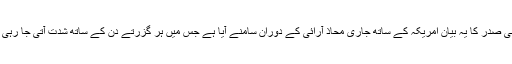
ایرانی صدر کا یہ بیان امریکہ کے ساتھ جاری محاذ آرائی کے دوران سامنے آیا ہے جس میں ہر گزرتے دن کے ساتھ شدت آتی جا رہی ہے۔